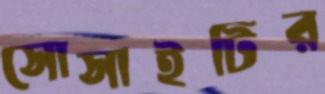
সোসাইটির